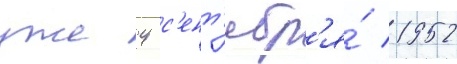
уже 4 с'ент'ябр'я́ 1952